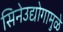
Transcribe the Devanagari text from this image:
सिनेउद्योगामुळे